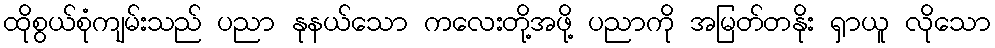
ထိုစွယ်စုံကျမ်းသည် ပညာ နုနယ်သော ကလေးတို့အဖို့ ပညာကို အမြတ်တနိုး ရှာယူ လိုသော